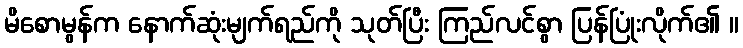
မိစောမွန်က နောက်ဆုံးမျက်ရည်ကို သုတ်ပြီး ကြည်လင်စွာ ပြန်ပြုံးလိုက်၏ ။